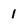
Character: 1